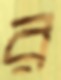
র